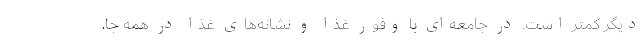
دیگر کمتر است. در جامعه‌ای با وفور غذا و نشانه‌های غذا در همه جا،